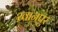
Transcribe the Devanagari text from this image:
ख़ानपुर